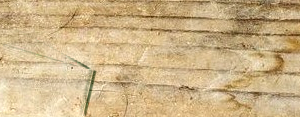
افتتحنا حديثاً